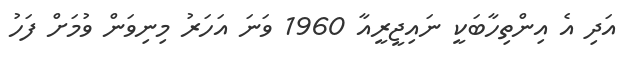
އަދި އެ އިންތިހާބަކީ ނައިޖީރީއާ 1960 ވަނަ އަހަރު މިނިވަން ވުމަށް ފަހު